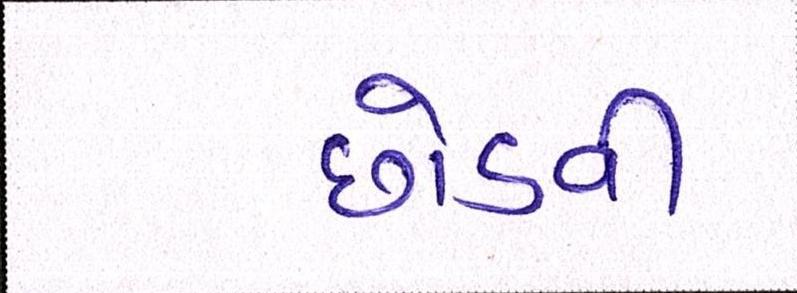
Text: છોડવી